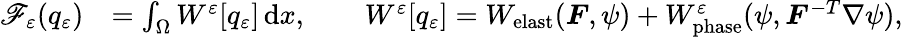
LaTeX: \begin{array}{rl}{\mathscr{F}_{\varepsilon}(q_{\varepsilon})}&{=\int_{\Omega}W^{\varepsilon}[q_{\varepsilon}]\, \mathrm{d}x,\qquad W^{\varepsilon}[q_{\varepsilon}]=W_{\mathrm{elast}}(\boldsymbol{F},\psi)+W_{\mathrm{phase}}^{\varepsilon}(\psi,\boldsymbol{F}^{-T}\nabla\psi),}\end{array}